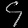
Digit: ၄